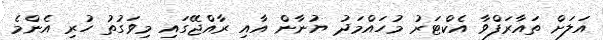
އަލަށް ތައާރަފްވާ އެކްޓަރު މުހައްމަދު ޔުނާން އާއި ރާއްޖޭގައި މިވަގުތު ހުރި އެންމެ